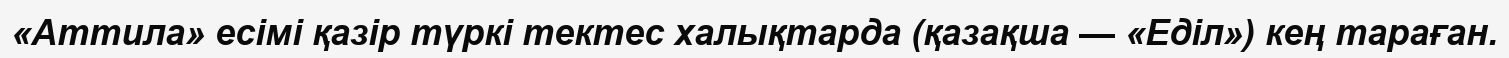
«Аттила» есiмi қазiр түркi тектес халықтарда (қазақша — «Едiл») кең тараған.